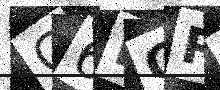
Text: G6KGRR